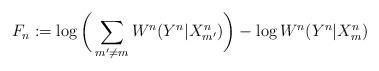
LaTeX: \begin{align*}F_n:= \log \bigg(\sum_{m'\ne m} W^n(Y^n|X^n_{m'}) \bigg) - \log W^n(Y^n|X^n_m) \end{align*}